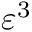
\varepsilon ^ { 3 }